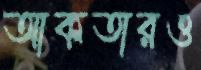
আকতারও